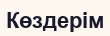
Көздерім